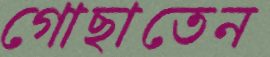
গোছাতেন